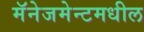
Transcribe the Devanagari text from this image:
मॅनेजमेन्टमधील